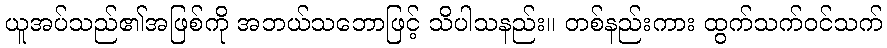
ယူအပ်သည်၏အဖြစ်ကို အဘယ်သဘောဖြင့် သိပါသနည်း။ တစ်နည်းကား ထွက်သက်ဝင်သက်